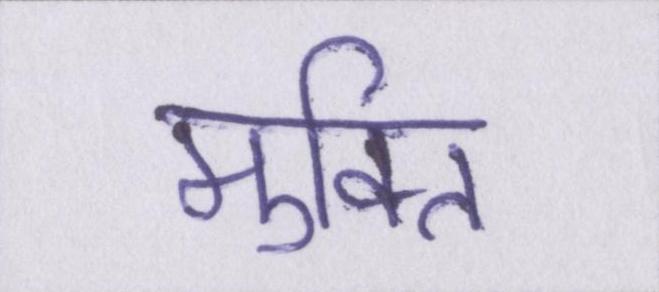
मुक्ति